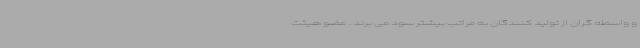
و واسطه گران از تولید کنندگان به مراتب بیشتر سود می برند . عضو هیئت